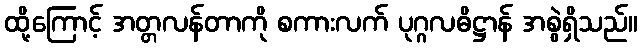
ထို့ကြောင့် အတ္တလန်တာကို စကားလက် ပုဂ္ဂလဓိဋ္ဌာန် အစွဲရှိသည်။